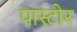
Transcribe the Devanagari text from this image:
पास्टोर